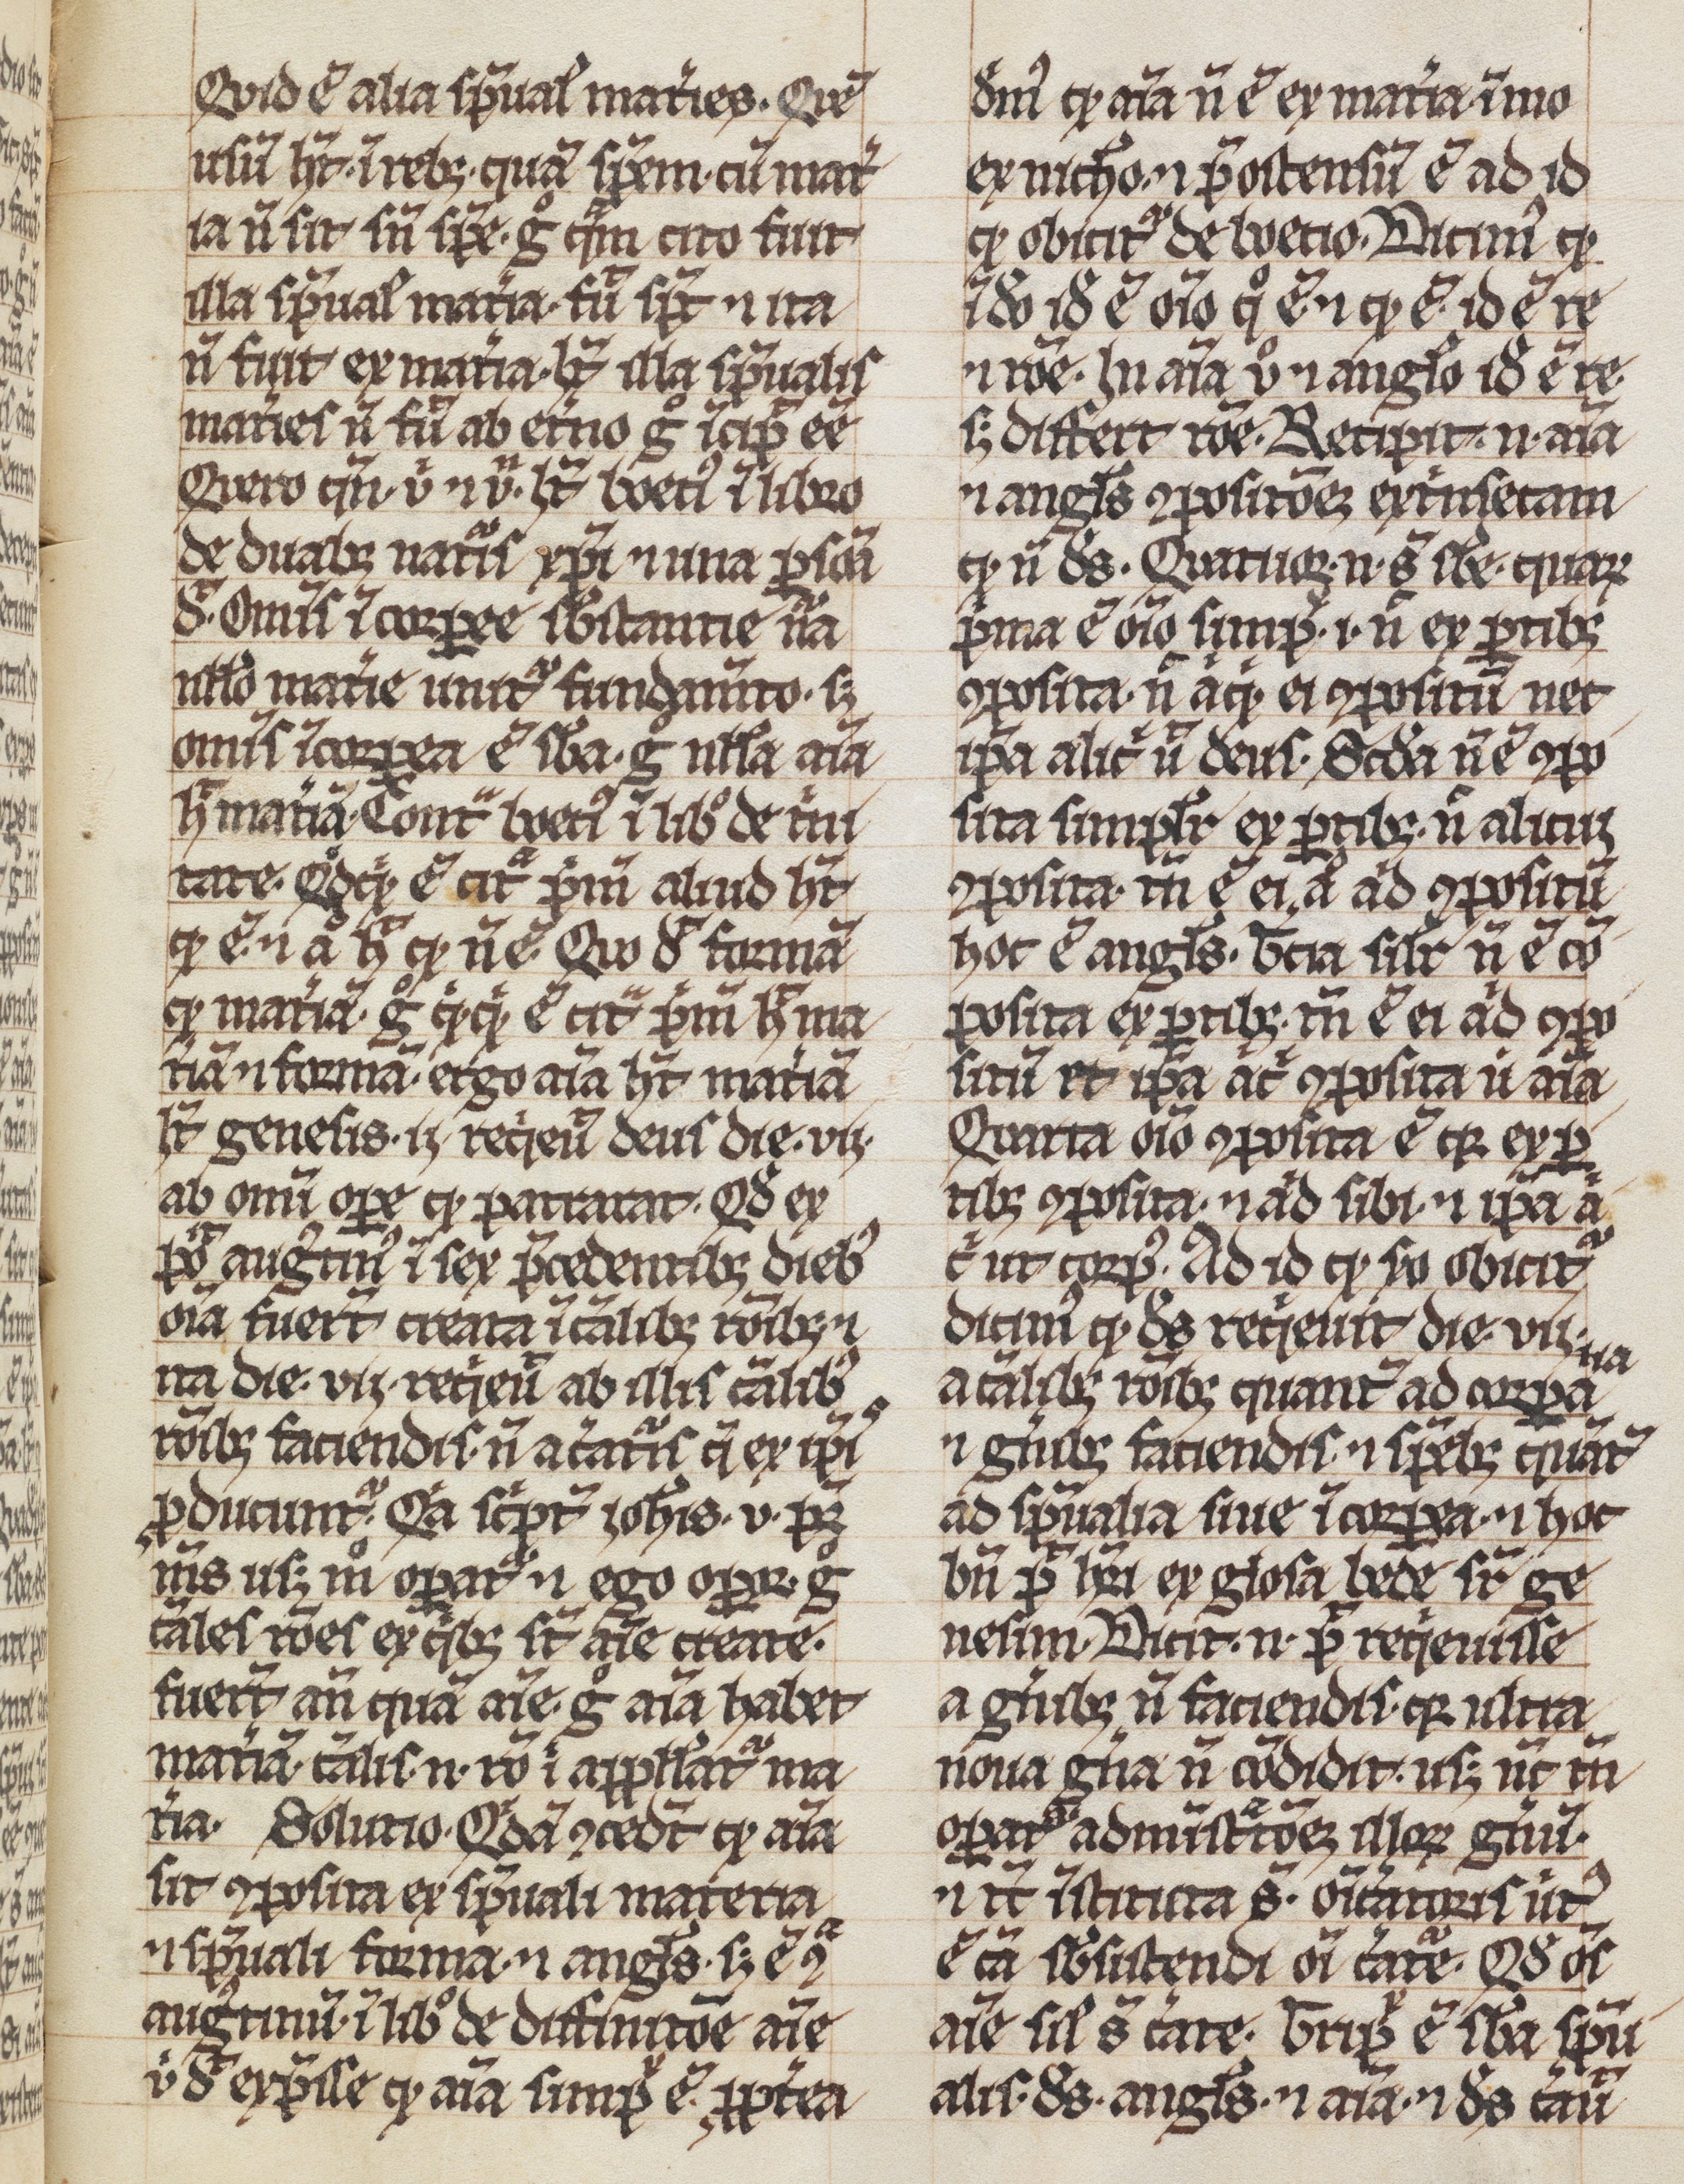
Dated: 1300–1399